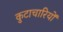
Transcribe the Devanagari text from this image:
कुटाचारियों